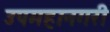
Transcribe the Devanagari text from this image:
उपमहानगरी